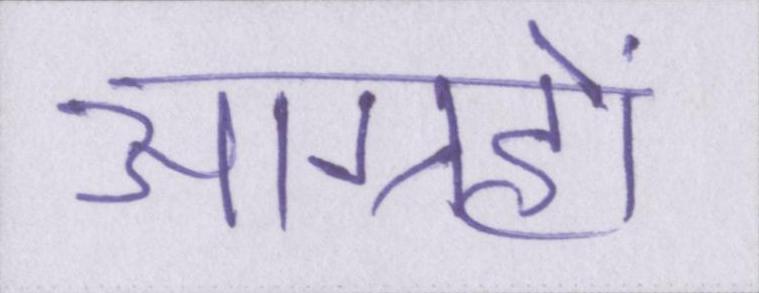
आग्रहों